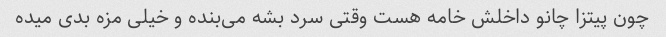
چون پیتزا چانو داخلش خامه هست وقتی سرد بشه می‌بنده و خیلی مزه بدی میده